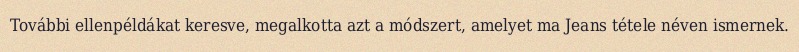
További ellenpéldákat keresve, megalkotta azt a módszert, amelyet ma Jeans tétele néven ismernek.